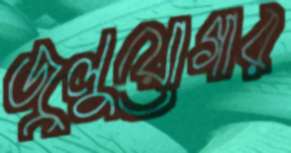
জুলুয়োগার